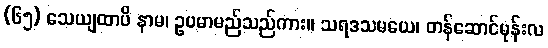
(၆၅) သေယျထာပိ နာမ၊ ဥပမာမည်သည်ကား။ သရဒသမယေ၊ တန်ဆောင်မုန်းလ